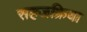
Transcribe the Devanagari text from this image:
सहजक्रिया